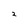
Character: 2